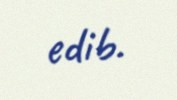
edib.